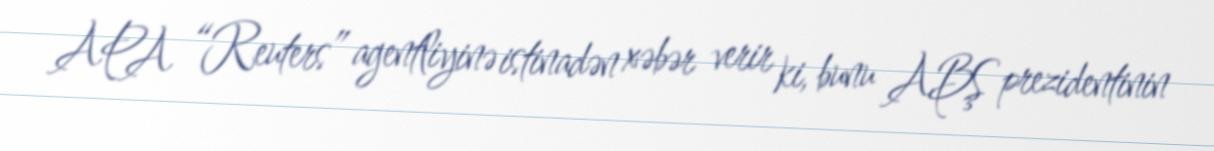
APA “Reuters” agentliyinə istinadən xəbər verir ki, bunu ABŞ prezidentinin